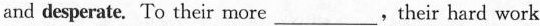
and desperate. To their more___their hard work